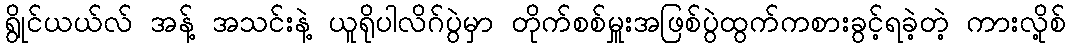
ရွိုင်ယယ်လ် အန့် အသင်းနဲ့ ယူရိုပါလိဂ်ပွဲမှာ တိုက်စစ်မှူးအဖြစ်ပွဲထွက်ကစားခွင့်ရခဲ့တဲ့ ကားလို့စ်